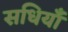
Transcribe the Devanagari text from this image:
सधियाँ